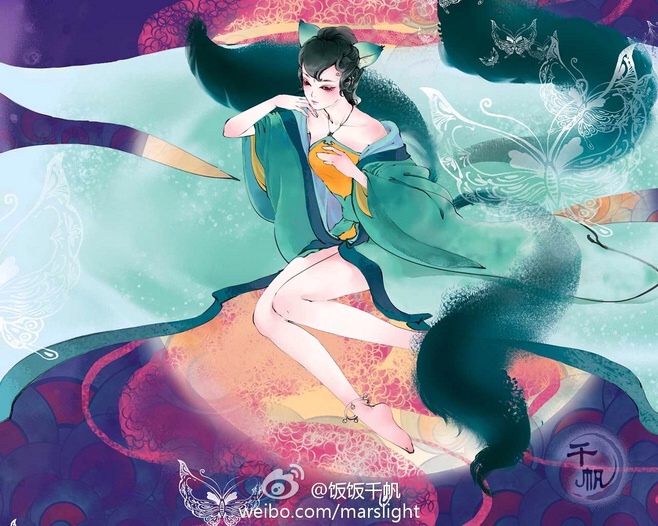
寸寸微云，丝丝残照，有无明灭难消。